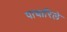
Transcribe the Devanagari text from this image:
पाचारिले